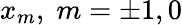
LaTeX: x_{m},\; m=\pm 1,0